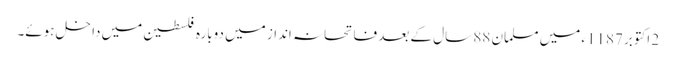
2 اکتوبر 1187ء میں مسلمان 88 سال کے بعد فاتحانہ انداز میں دوبارہ فلسطین میں داخل ہوئے۔